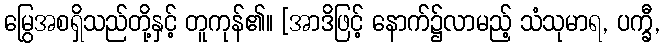
မြွေအစရှိသည်တို့နှင့် တူကုန်၏။ [အာဒိဖြင့် နောက်၌လာမည့် သံသုမာရ, ပက္ခီ,